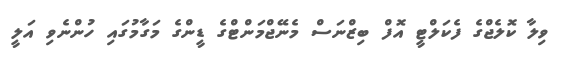
ވިލާ ކޮލެޖްގެ ފެކަލްޓީ އޮފް ބިޒްނަސް މެނޭޖްމަންޓްގެ ޑީންގެ މަގާމުގައި ހުންނެވި އަލީ